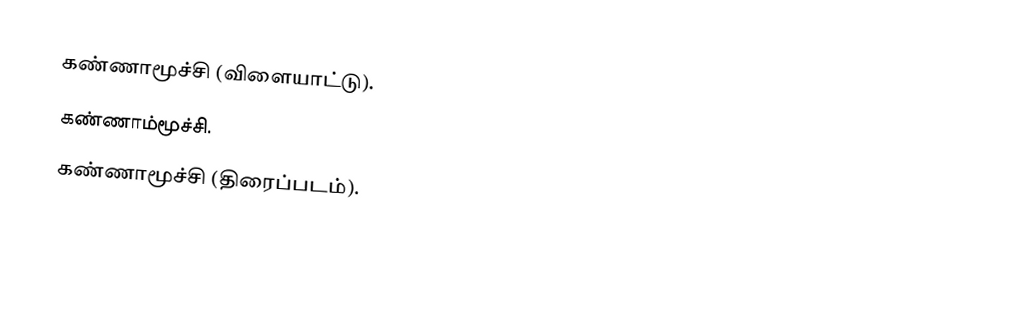
கண்ணாமூச்சி (விளையாட்டு).
 கண்ணாம்மூச்சி.
 கண்ணாமூச்சி (திரைப்படம்).